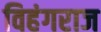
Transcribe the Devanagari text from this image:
विहंगराज